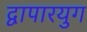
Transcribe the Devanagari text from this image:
द्वापारयुग